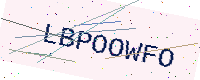
Text: LBPOOWFO